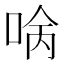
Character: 𠴠